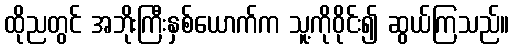
ထိုညတွင် အဘိုးကြီးနှစ်ယောက်က သူ့ကိုဝိုင်း၍ ဆွယ်ကြသည်။